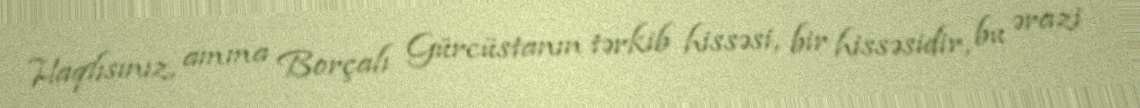
Haqlısınız, amma Borçalı Gürcüstanın tərkib hissəsi, bir hissəsidir, bu ərazi